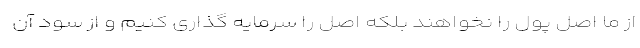
از ما اصل پول را نخواهند بلکه اصل را سرمایه گذاری کنیم و از سود آن